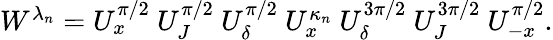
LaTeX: \begin{array}{r}{W^{\lambda_{n}}=U_{x}^{\pi/2}~U_{J}^{\pi/2}~U_{\delta}^{\pi/2}~U_{x}^{\kappa_{n}}~U_{\delta}^{3\pi/2}~U_{J}^{3\pi/2}~U_{-x}^{\pi/2}.}\end{array}